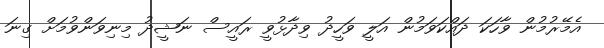
އެމޭރުމުން ވާހަކަ ދައްކަވަމުން އަލީ ވަހީދު ވިދާޅުވީ ރައީސް ނަޝީދު މިނިވަންވުމަށް ގިނަ